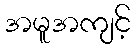
အမူအကျင့်